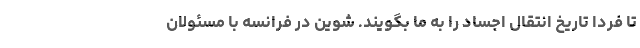
تا فردا تاریخ انتقال اجساد را به ما بگویند. شوین در فرانسه با مسئولان